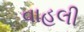
વાહલી